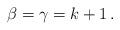
LaTeX: \begin{align*}\beta=\gamma=k+1 \, . \end{align*}